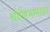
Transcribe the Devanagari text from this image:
श्रोणिभागावर